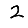
Digit: 2